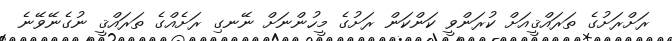
ރަށްރަށުގެ ތަރައްޤީއަށް ކުރަންވީ ކަންކަން ރަށުގެ މީހުންނަށް ނޭނގި ރަށެއްގެ ތަރައްޤީ ނުގެނޭވޭނެ